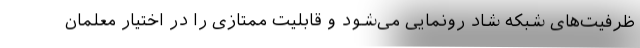
ظرفیت‌های شبکه شاد رونمایی می‌شود و قابلیت ممتازی را در اختیار معلمان